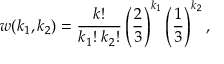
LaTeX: w ( k _ { 1 } , k _ { 2 } ) = \frac { k ! } { k _ { 1 } ! \; k _ { 2 } ! } \left( \frac { 2 } { 3 } \right) ^ { k _ { 1 } } \left( \frac { 1 } { 3 } \right) ^ { k _ { 2 } } ,